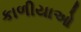
કાળીયાઓ